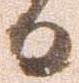
日